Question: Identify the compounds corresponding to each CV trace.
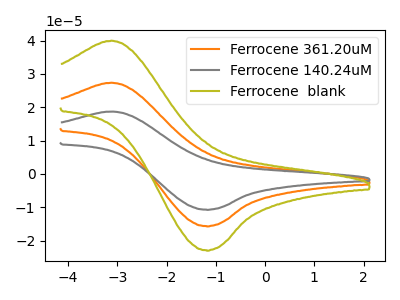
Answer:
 <answer>The orange curve is labeled "Ferrocene 361.20uM". The gray curve is labeled "Ferrocene 140.24uM". The olive curve is labeled "Ferrocene  blank".</answer>
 <eval></eval>